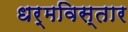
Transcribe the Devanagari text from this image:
धर्मविस्तार